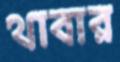
থাবার